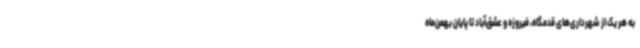
به هر یک از شهرداری‌های قدمگاه، فیروزه و عشق‌آباد تا پایان بهمن‌ماه